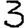
Digit: 3